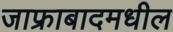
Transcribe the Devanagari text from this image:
जाफ्राबादमधील